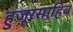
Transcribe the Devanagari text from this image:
हुजूरसाहिब